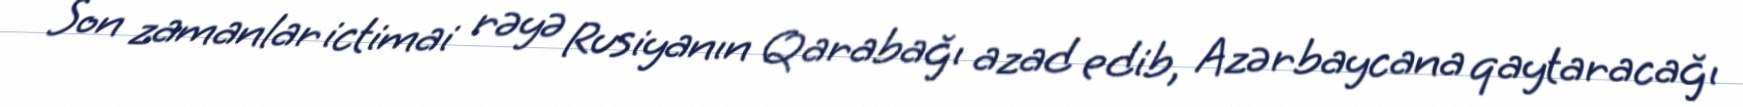
Son zamanlar ictimai rəyə Rusiyanın Qarabağı azad edib, Azərbaycana qaytaracağı